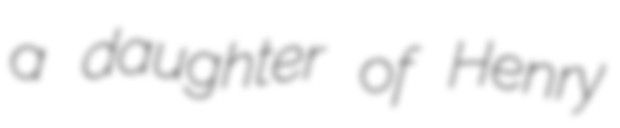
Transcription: a daughter of Henry